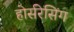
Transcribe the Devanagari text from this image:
होर्सरेसिंग